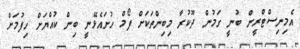
އެމިނިސްޓްރީން ބުނީ ގަމުން ދޫކުރާ މިބިންތަކަށް ފޯމް ހުށައެޅޭނީ ބިން ކުއްޔަށް ހިފުމަށް